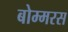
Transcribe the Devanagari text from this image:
बोम्मरस